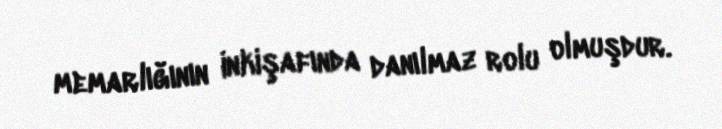
memarlığının inkişafında danılmaz rolu olmuşdur.